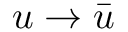
u \to \bar { u }